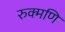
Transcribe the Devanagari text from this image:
रुक्मणि